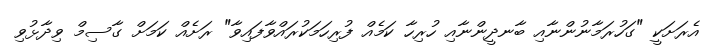
އެރަށަކީ "ގަހުރަމާނުންނާއި ބާނދީންނާއި ހުރިހާ ކަމެއް ފުރިހަމަކުރައްވާފައިވާ" ރަށެއް ކަމަށް ގާސިމް ވިދާޅުވި